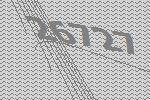
26727